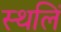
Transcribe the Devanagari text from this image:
स्थलिं